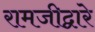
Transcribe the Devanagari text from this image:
रामजीद्वारे